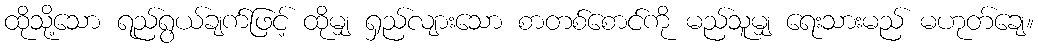
ထိုသို့သော ရည်ရွယ်ချက်ဖြင့် ထိုမျှ ရှည်လျားသော စာတစ်စောင်ကို မည်သူမျှ ရေးသားမည် မဟုတ်ချေ။